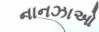
નાનઝાઓ